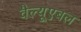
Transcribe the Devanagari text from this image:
वैल्यूएबल